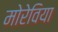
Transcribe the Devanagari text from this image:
मोरेविया